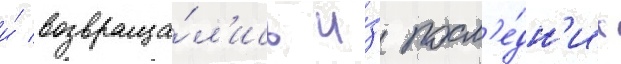
и́ возвраща́л'ись и́з посл'е́дн'их